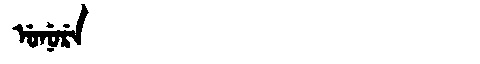
Manchu: ᡠᠨᡠᡵᡝ
Romanization: UNURE